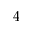
4